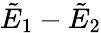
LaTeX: \tilde{E}_{1}-\tilde{E}_{2}